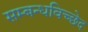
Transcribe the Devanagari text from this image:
सम्बन्धविच्छेद